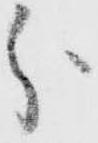
分